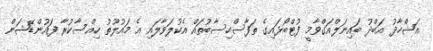
އަޝްހާދު އަބްދު ބައިނަލްއަގްވާމީ ފުޓްބޯޅައިގެ ތަފާސްހިސާބުތައް އެކުލަވާލައި އެ މައުލޫތު ހިއްސާކުރާ ފައުންޑޭޝަން